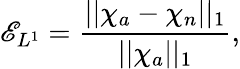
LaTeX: \mathscr{E}_{L^{1}}=\frac{{||\chi_{a}-\chi_{n}||_{1}}}{{||\chi_{a}||_{1}}},